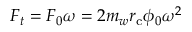
F _ { t } = F _ { 0 } \omega = 2 m _ { w } r _ { \mathrm { c } } \phi _ { 0 } \omega ^ { 2 }